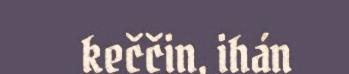
keččin, ihán